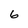
Character: 6